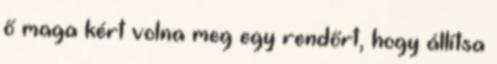
ő maga kért volna meg egy rendőrt, hogy állítsa